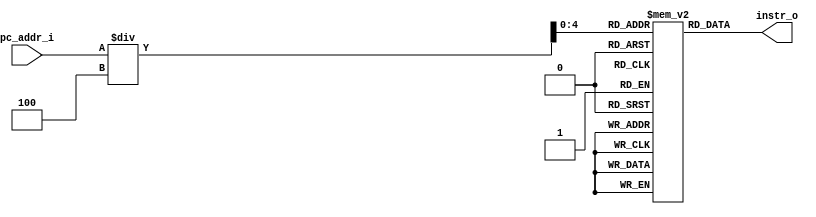
module Instr_Memory (
    pc_addr_i,
    instr_o
);

  //I/O ports
  input [32-1:0] pc_addr_i;
  output [32-1:0] instr_o;

  //Internal Signals
  reg     [32-1:0] instr_o;
  integer          i;

  //32 words Memory
  reg     [32-1:0] Instr_Mem[0:32-1];

  //Main function
  always @(pc_addr_i) begin
    instr_o = Instr_Mem[pc_addr_i/4];
  end

  //Initial Memory Contents
  initial begin
    for (i = 0; i < 32; i = i + 1) Instr_Mem[i] = 32'b0;
  end
endmodule